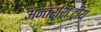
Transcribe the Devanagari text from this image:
अन्तर्राशःट्रीय